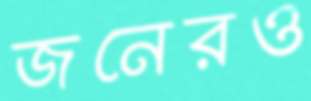
জনেরও